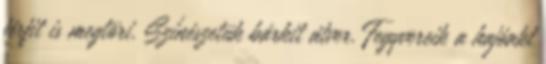
férfit is megtöri. Színészetük bárkit átver. Fegyvereik a hajóakt